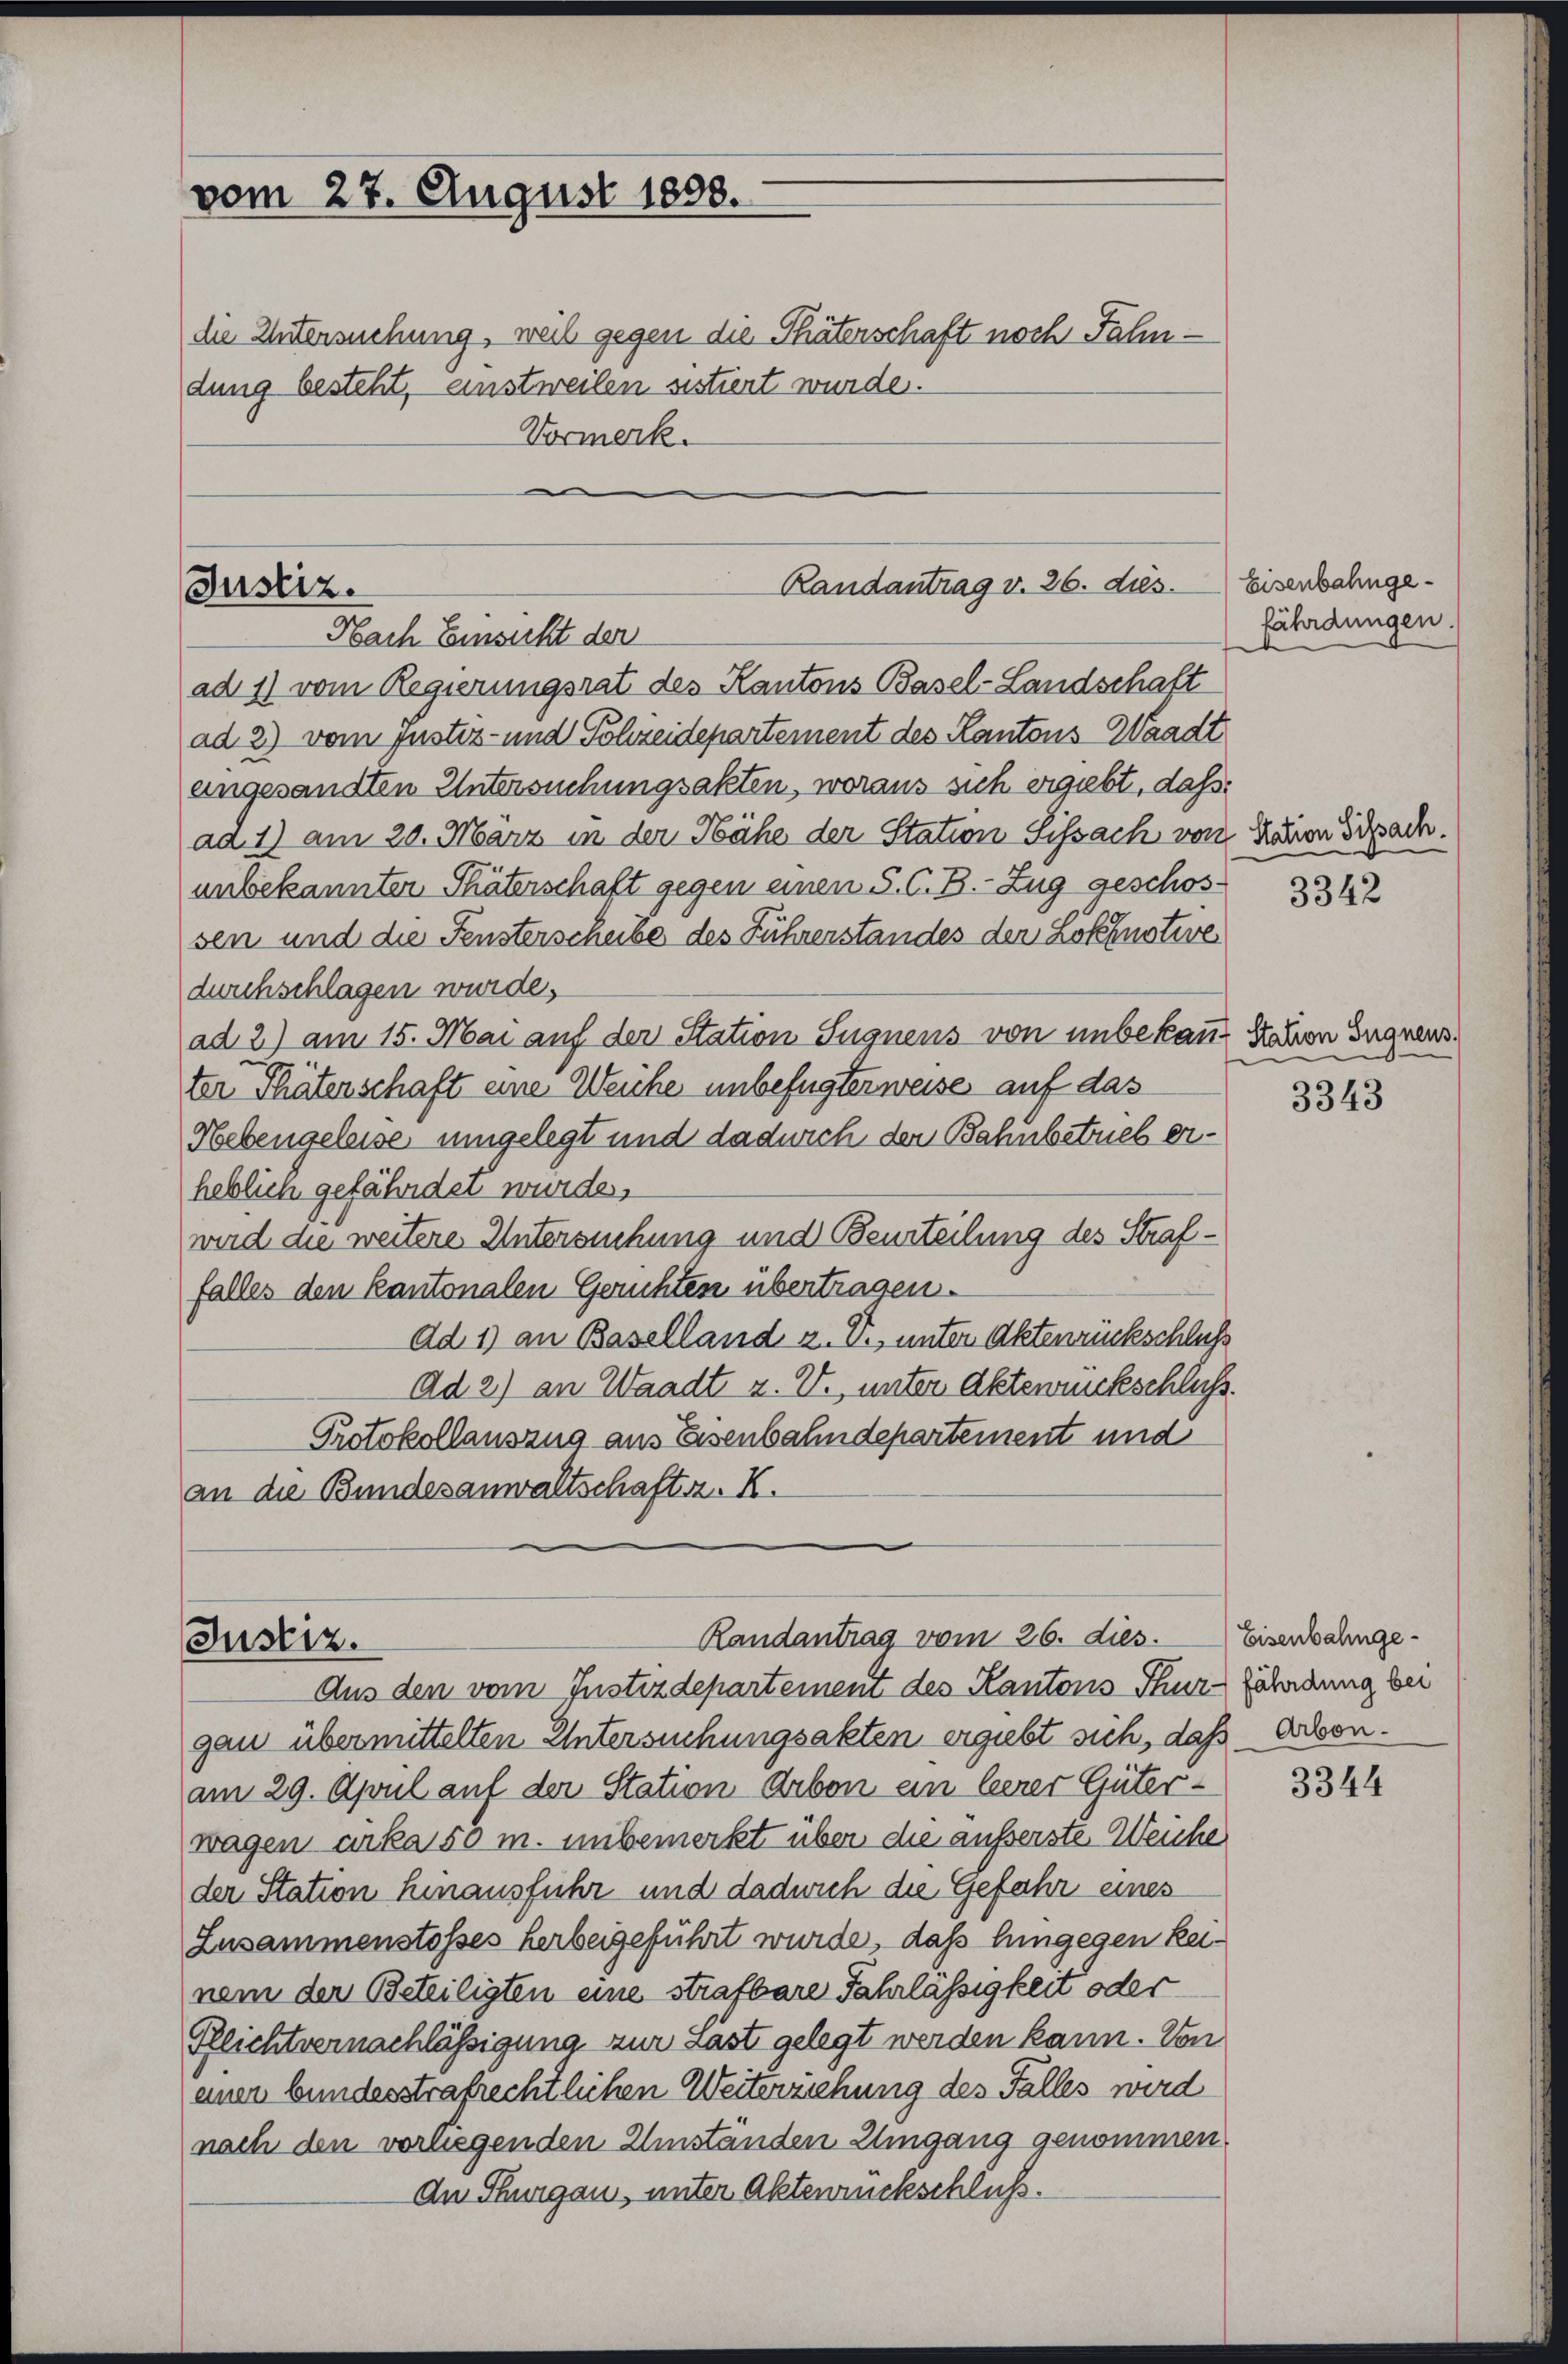
vom 27. August 1808.

die Untersuchung, weil gegen die Thäterschaft noch Fahndung besteht, einstweilen sistiert wurde.
Vormerk.

Justiz.
Nach Einsicht der

Justiz.

Randantrag v. 26. ds. Eisenbahnge¬

ad 1) vom Regierungsrat des Kantons Basel-Landschaft
ad 2) vom Justiz- und Schreidepartement des Kantons Waadt
angesandten Untersuchungsakten, woraus sich ergiebt, daß
ad 1) am 20. März in der Nähe der Station Sissach von Raron Dipach.
unbekannter Thäterschaft gegen einen S. C. B. Zug geschossen und die Fensterscheibe des Führerstandes der Löknative
durchschlagen wurde.
ad 2) am 15. Mai auf der Station Sugnens von unbekann sahen Segnens.
ter Thäterschaft eine Weiche unbefugter weise auf das
Hebengeleise umgelegt und dadurch der Bahnbetrieb erheblich gefährdet wurden.
wird die weitere Untersuchung und Beurteilung des Straffalles den Kantonalen Gerichten übertragen.
Ad 1) an Baselland z. B., unter Aktenrückschluß
Ad 2) an Waadt z. W., unter Aktenrückschluss.
Protokollauszug aus Eisenbahndepartement und
an die Bundesanwaltschaftsz. K.

Randantrag vom 26. dies

fährdungen.

Aus den vom Instizdepartement des Kantons Thur fährdung bei
gau übermittelten Untersuchungsakten ergiebt sich, daß Arbon.
am 29. April auf der Station Arbon ein leerer Güterwagen urka 50 m. unbemerkt über die äusserste Weiche
der Station hinausführ und dadurch die Gefahr eines
Zusammenstosses herbeigeführt wurde, daß hingegen keinem der Beteiligten eine strafbare Fahrlässigkeit oder
Pflichtvernachlässigung zur Last gelegt werden kann. Von
einer bundesstrafrechtlichen Weitereichung des Falles wird
nach den vorliegenden Umständen Umgang genommen.
An Thurgau, unter Aktenrückschluß.

3342

3343

Eisenbahnge¬

3344